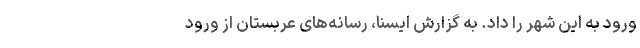
ورود به این شهر را داد. به گزارش ایسنا، رسانه‌های عربستان از ورود